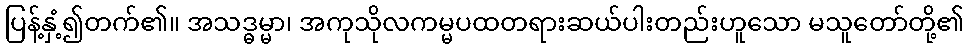
ပြန့်နှံ့၍တက်၏။ အသဒ္ဓမ္မာ၊ အကုသိုလကမ္မပထတရားဆယ်ပါးတည်းဟူသော မသူတော်တို့၏